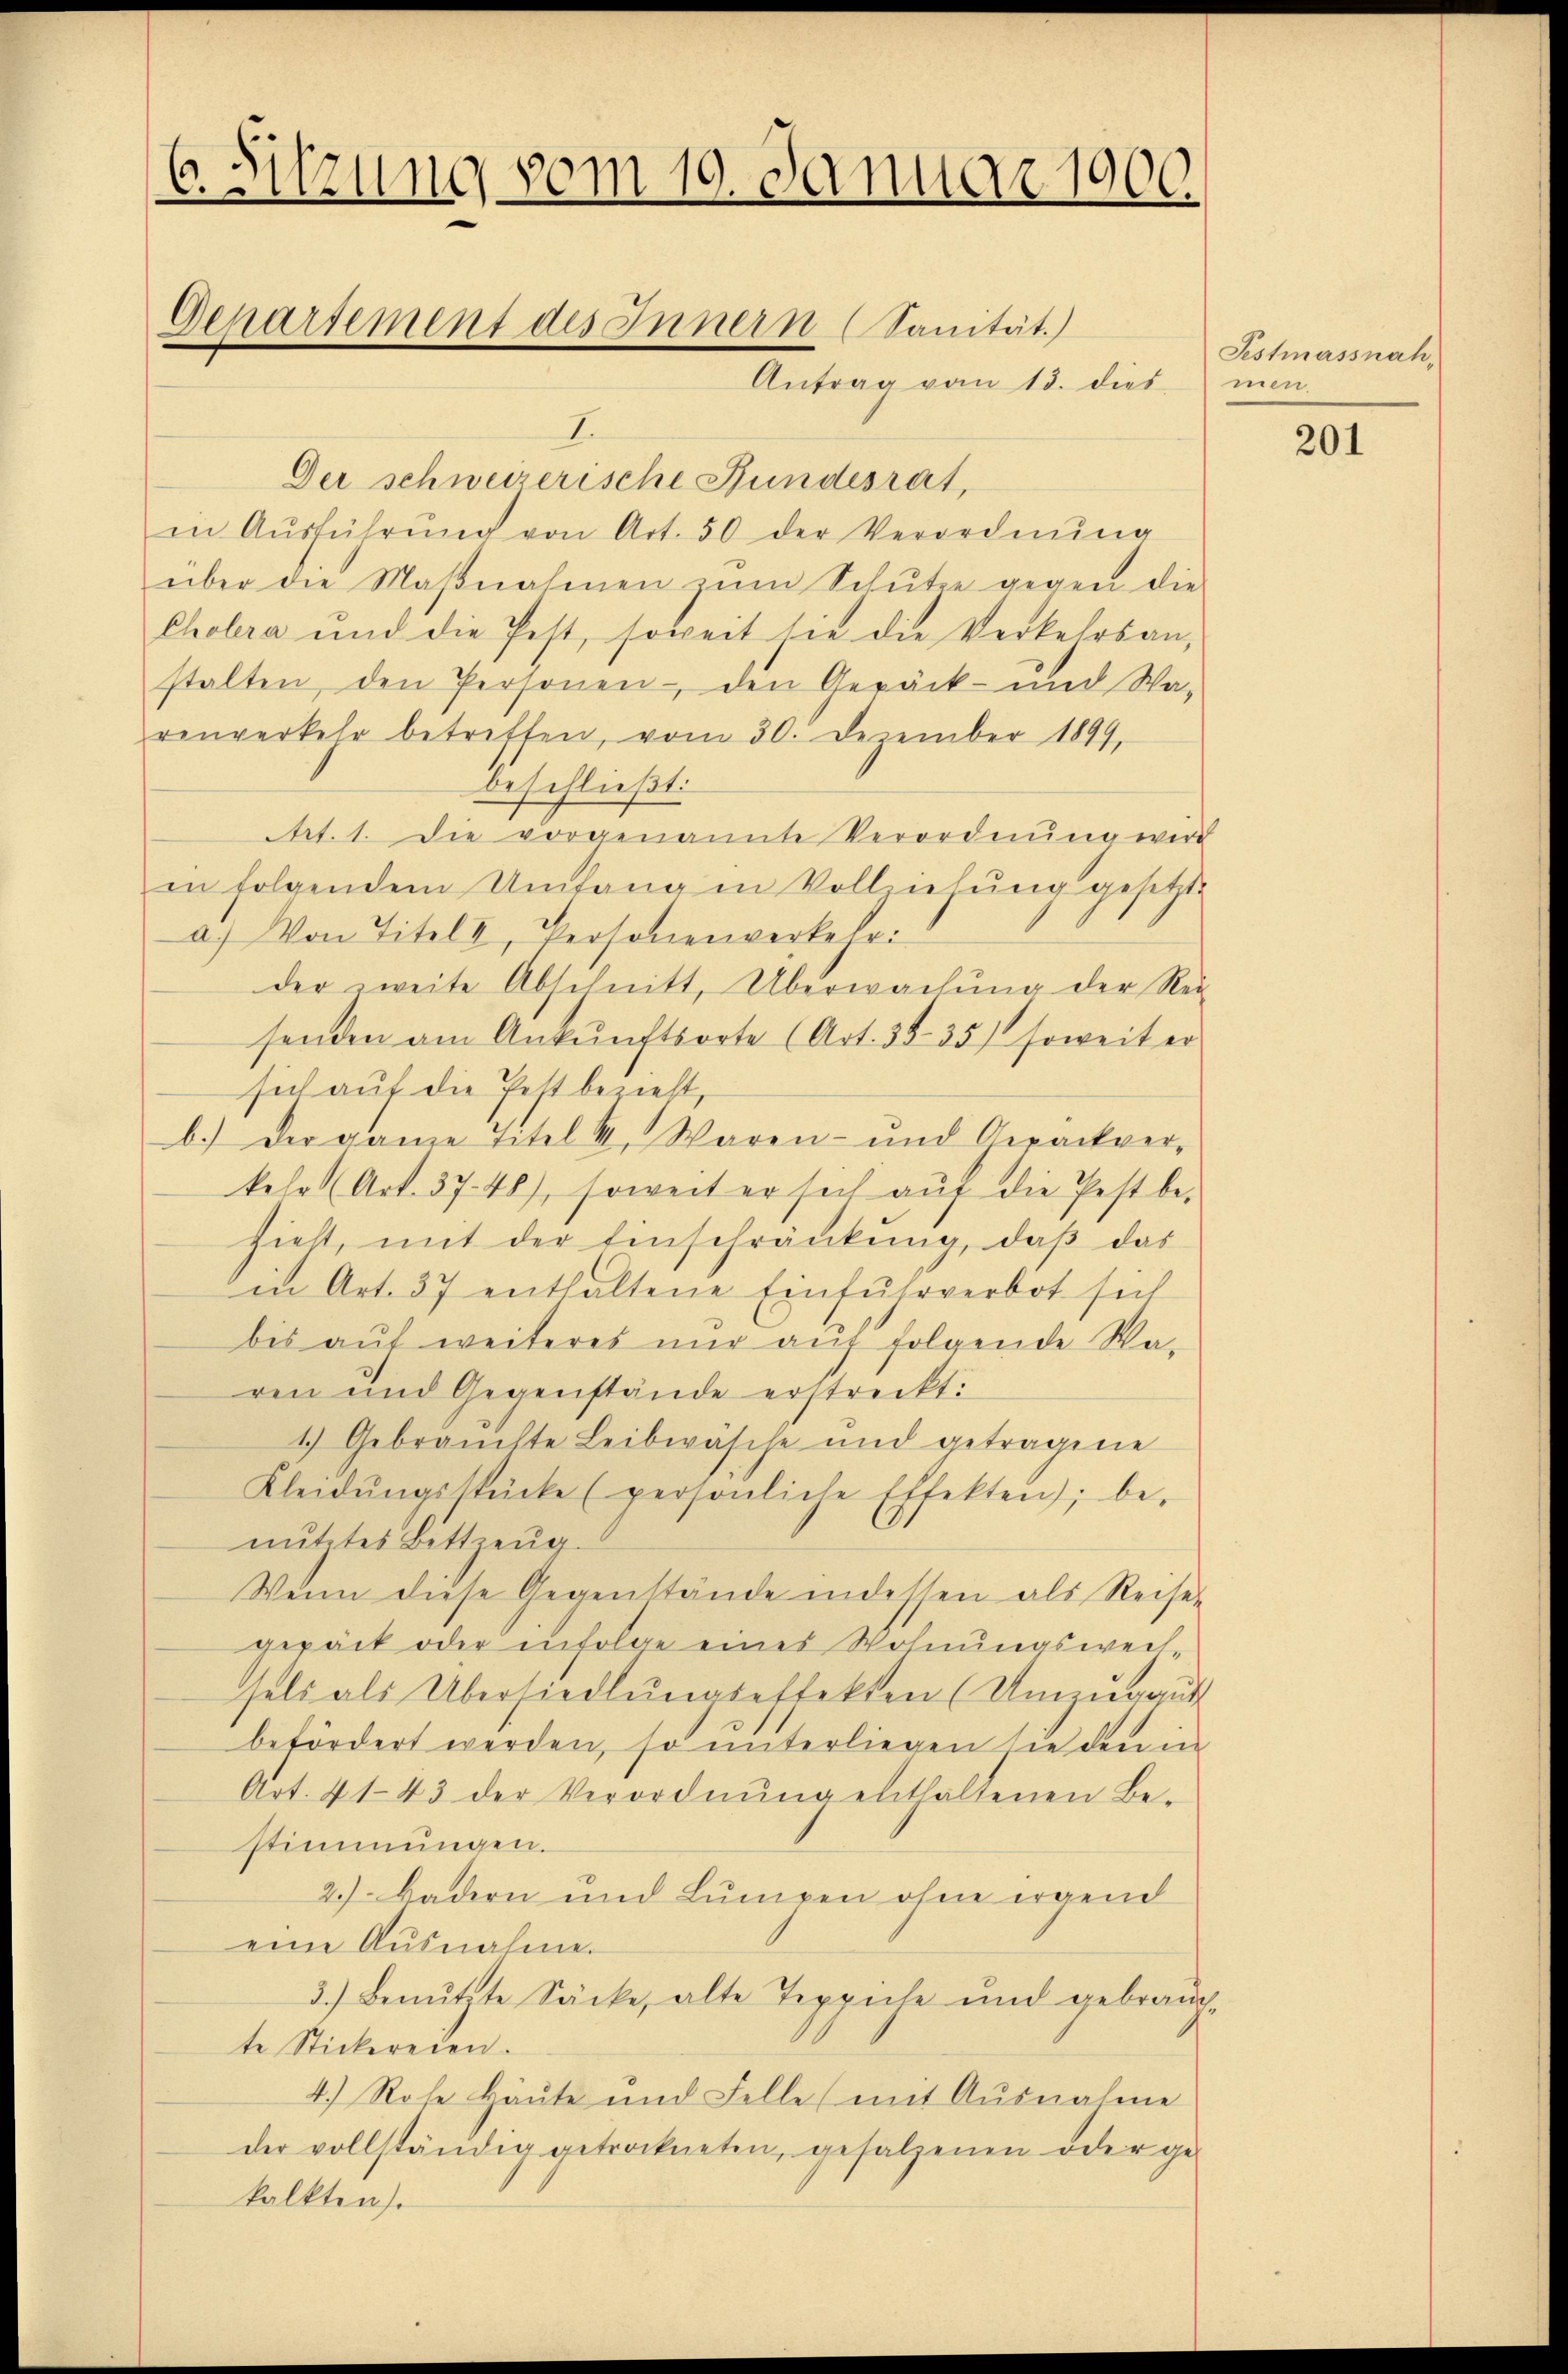
6. Sitzung vom 10. Januar 1900.

Deparsement des Innern (Sanität.)

Antrag vom 13. dies
I.
Der schweizerische Fundesrat,
in Aŭsführŭng von Art. 50 der Verordnŭng
über die Maβnahmen zŭm Schŭtze gegen die
Cholera und die Pest, soweit sie die Verkehrsan-
stalten, den Personen - den Gerück- und Wa-
renverkehr betreffen, vom 30. Dezember 1899,
beschließt:
Art. 1. Die vorgenannte Verordnŭng werd
in folgendem Umfang in Vollziehung gesetzte
a) Von Titel I, Personenverkelri
der zweite Abschnitt, Überwachung der Rei
senden am Ankunftsorte (Art. 38. 35) soweit er
sich auf die Pest bezieht,
b.) Der ganze Titel & Waren- und Gepäckver-
kehr (Art. 3748), soweit er sich auf die Pestbe-
sieht, mit der Einschränkung, daß das
in Art. 37 enthaltene Einfuhrverbot sich
bis aŭf weiteres nur auf folgende Waren und Gegenstände erstreckt:
1.) Gebrauchte Leibwäsche und getragene
Kleidŭngsstücke (persönliche Effekten; be-
nutztes Bettzeug.
Wenn diese Gegenstände in dessen als Reise
gepäck oder infolge eines Wohnungsweil-
sels als Übersiedlungsettekten (Umzugaut
befördert werden, so unterliegen sie den in
Art. 41. 43 der Verordnŭng enthaltenen Be-
stimmungen.
2.) Badern und Lumpen ohne irgend
eine Ausnahme.
3.) Benützte Säcke, alte Teppiele und gebraŭg-
te Stickereien.
4.) Rohe käute und Felle (mit Ausnahme
der vollständig getrockneten, gesalzenen oder ge-
kalkten).

Festmassnahmen.

201